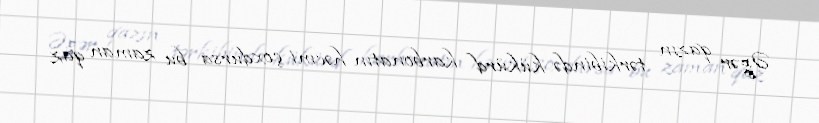
Əgər qazın tərkibində kükürd karbonatın həcmi çoxdursa bu zaman qaz